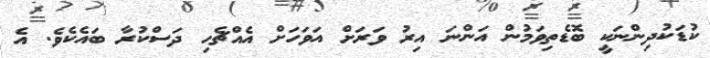
ކުޑަކުދިންނަކީ ބޮޑެތިވަމުން އަންނަ އިރު ވަރަށް އަވަހަށް އެއްޗެހި ދަސްކުރާ ބައެކެވެ. އެ